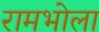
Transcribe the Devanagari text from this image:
रामभोला